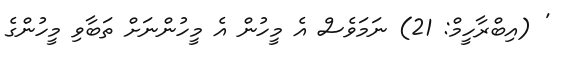
' (އިބްރާހީމް: 21) ނަމަވެސް އެ މީހުން އެ މީހުންނަށް ތަބާވި މީހުންގެ